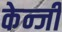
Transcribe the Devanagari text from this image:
केन्जी